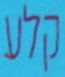
קלע